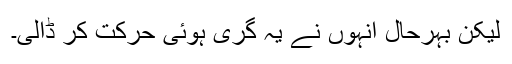
لیکن بہرحال انہوں نے یہ گری ہوئی حرکت کر ڈالی۔